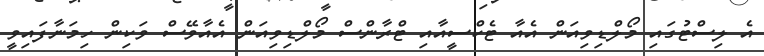
އެ ލިސްޓުގައި މޯލްޑިވިއަން އެއާ ޓެކްސީއާއި ޓްރާންސް މޯލްޑިވިއަން އެއާވޭސް ވަކިން ހިމަނާފައިވީ